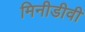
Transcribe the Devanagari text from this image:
मिनीडीवी